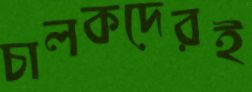
চালকদেরই